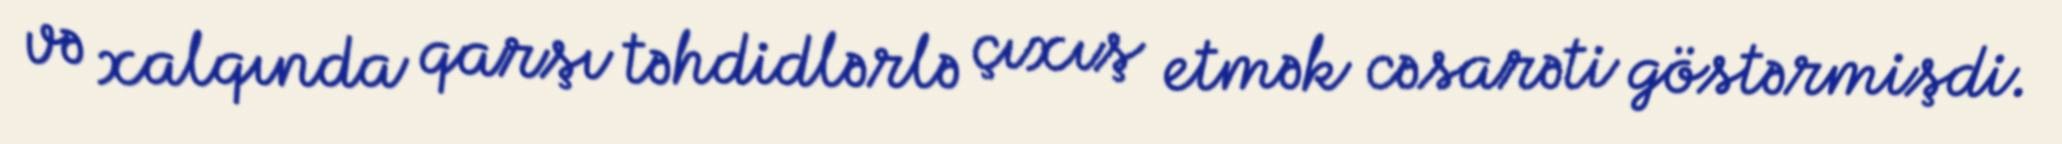
və xalqında qarşı təhdidlərlə çıxış etmək cəsarəti göstərmişdi.